Civil Veterinary Department Bengal reports 1923-33 - 1923-1933
Year: 1923
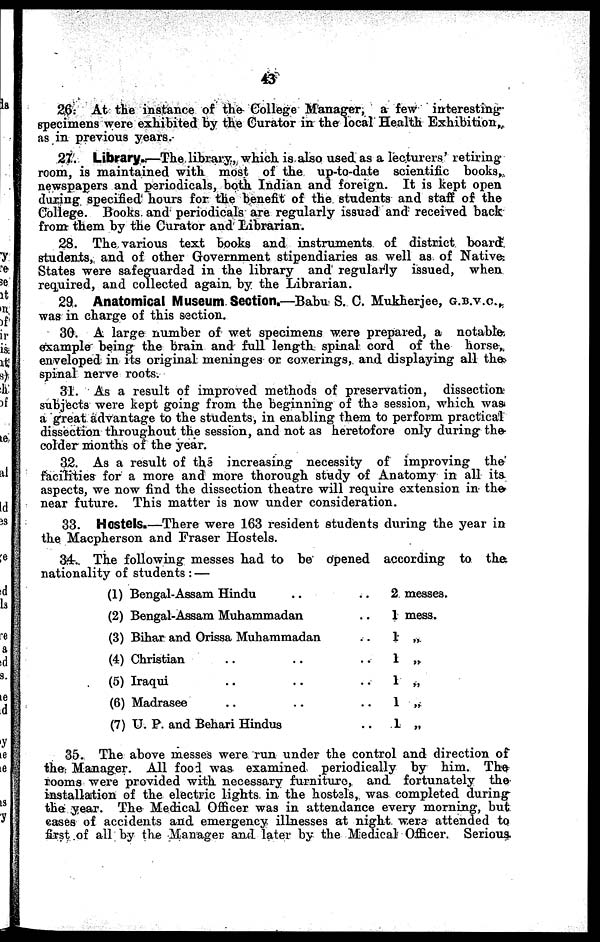
43
26; At the instance of the College Manager, a few interesting-
specimens were exhibited by the Curator in the local Health Exhibition
as in previous years.
27. Library.—The library, which is also used as a lecturers' retiring-
room, is maintained with most of the up-to-date scientific books,
newspapers and periodicals, both Indian and foreign. It is kept open
during specified hours for the benefit of the students and staff of the
College. Books and periodicals are regularly issued and received back
from them by the Curator and Librarian.
28. The various text books and instruments of district board
students, and of other Government stipendiaries as well as of Native-
States were safeguarded in the library and regularly issued, when
required, and collected again by the Librarian.
29. Anatomical Museum Section.—Babu S. C. Mukherjee, G.B.V.C.,
was in charge of this section.
30. A large number of wet specimens were prepared, a notable-,
example being the brain and full length spinal cord of the horse„
enveloped in its original meninges or coverings, and displaying all the
spinal nerve roots.
31. As a result of improved methods of preservation, dissection
subjects were kept going from the beginning of the session, which was
a great advantage to the students, in enabling them to perform practical
dissection throughout the session, and not as heretofore only during the
colder months of the year.
32. As a result of the increasing necessity of improving the
facilities for a more and more thorough study of Anatomy in all its
aspects, we now find the dissection theatre will require extension in the
near future. This matter is now under consideration.
33. Hostels.—There were 163 resident students during the year in
the Macpherson and Fraser Hostels.
34. The following messes had to be opened according to the
nationality of students: —
(1) Bengal-Assam Hindu .. ..
(2) Bengal-Assam Muhammadan ..
(3) Bihar and Orissa Muhammadan ..
(4) Christian .. .. ..
(5) Iraqui .. .. ..
(6) Madrasee .. .. ..
(7) U. P. and Behari Hindus ..
2 messes.
1 mess.
1 „
1 „
1 „
1 „
1 „
35. The above messes were run under the control and direction of
the Manager. All food was examined periodically by him. The
rooms were provided with necessary furniture, and fortunately the
installation of the electric lights in the hostels, was completed during
the year. The Medical Officer was in attendance every morning, but
cases of accidents and emergency illnesses at night were attended to
first of all by the Manager and later by the Medical Officer. Serious.